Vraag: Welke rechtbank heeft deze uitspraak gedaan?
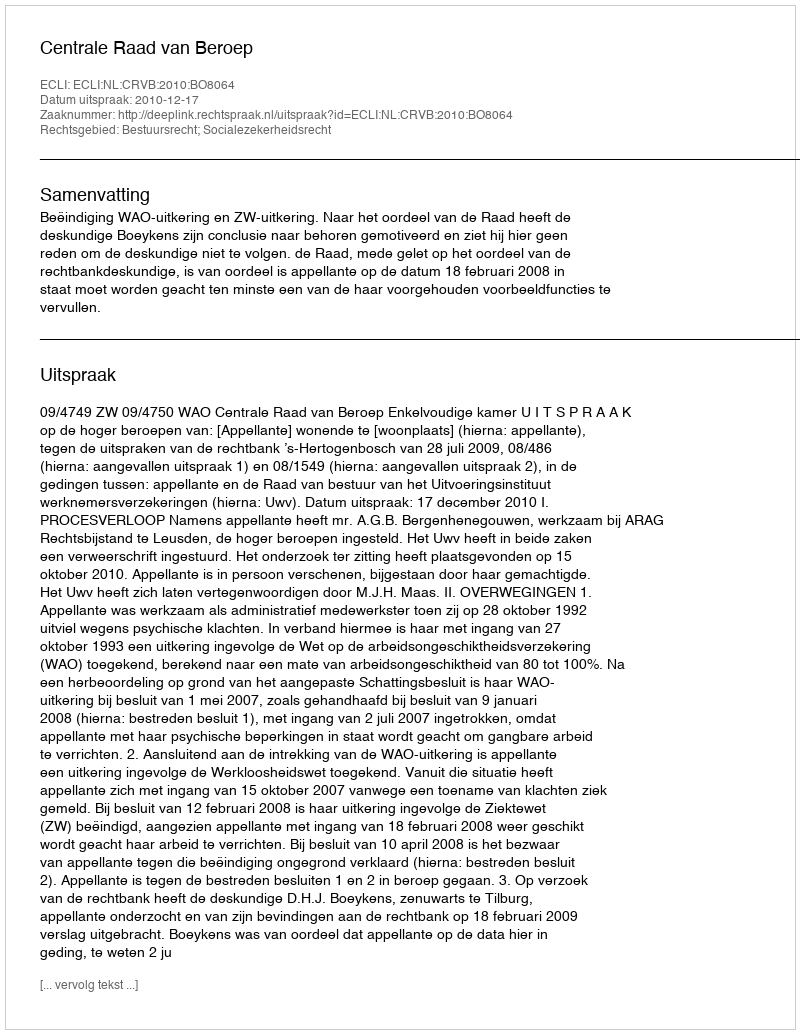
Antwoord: Centrale Raad van Beroep